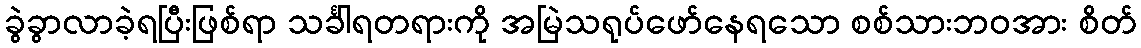
ခွဲခွာလာခဲ့ရပြီးဖြစ်ရာ သင်္ခါရတရားကို အမြဲသရုပ်ဖော်နေရသော စစ်သားဘဝအား စိတ်